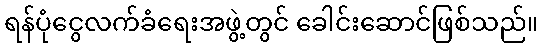
ရန်ပုံငွေလက်ခံရေးအဖွဲ့တွင် ခေါင်းဆောင်ဖြစ်သည်။